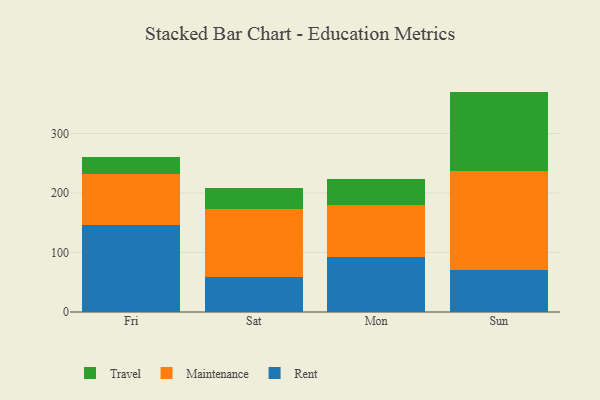
{"axis": {"x": "Day", "y": "Tickets Resolved"}, "legend": ["Maintenance", "Rent", "Travel"], "data": [{"x": "Fri", "y": 147.0, "type": "Rent"}, {"x": "Fri", "y": 85.2, "type": "Maintenance"}, {"x": "Fri", "y": 27.5, "type": "Travel"}, {"x": "Sat", "y": 58.3, "type": "Rent"}, {"x": "Sat", "y": 115.1, "type": "Maintenance"}, {"x": "Sat", "y": 34.4, "type": "Travel"}, {"x": "Mon", "y": 92.5, "type": "Rent"}, {"x": "Mon", "y": 88.0, "type": "Maintenance"}, {"x": "Mon", "y": 42.6, "type": "Travel"}, {"x": "Sun", "y": 69.8, "type": "Rent"}, {"x": "Sun", "y": 167.8, "type": "Maintenance"}, {"x": "Sun", "y": 132.8, "type": "Travel"}]}